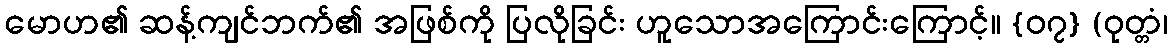
မောဟ၏ ဆန့်ကျင်ဘက်၏ အဖြစ်ကို ပြလိုခြင်း ဟူသောအကြောင်းကြောင့်။ {၀၇} (ဝုတ္တံ၊